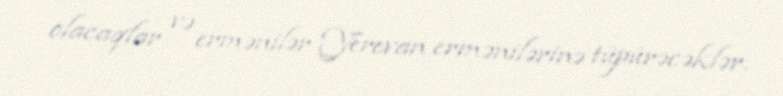
olacaqlar və ermənilər Yerevan ermənilərinə tüpürəcəklər.